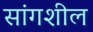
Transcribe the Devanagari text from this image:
सांगशील